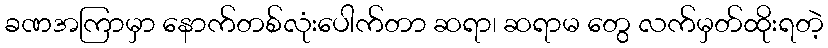
ခဏအကြာမှာ နောက်တစ်လုံးပေါက်တာ ဆရာ၊ ဆရာမ တွေ လက်မှတ်ထိုးရတဲ့